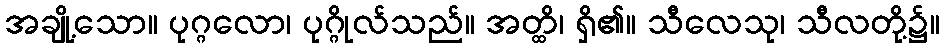
အချို့သော။ ပုဂ္ဂလော၊ ပုဂ္ဂိုလ်သည်။ အတ္ထိ၊ ရှိ၏။ သီလေသု၊ သီလတို့၌။